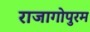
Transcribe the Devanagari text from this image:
राजागोपुरम